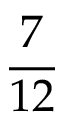
\frac { 7 } { 1 2 }